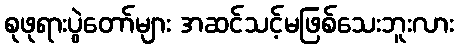
စုဖုရားပွဲတော်များ အဆင်သင့်မဖြစ်သေးဘူးလား